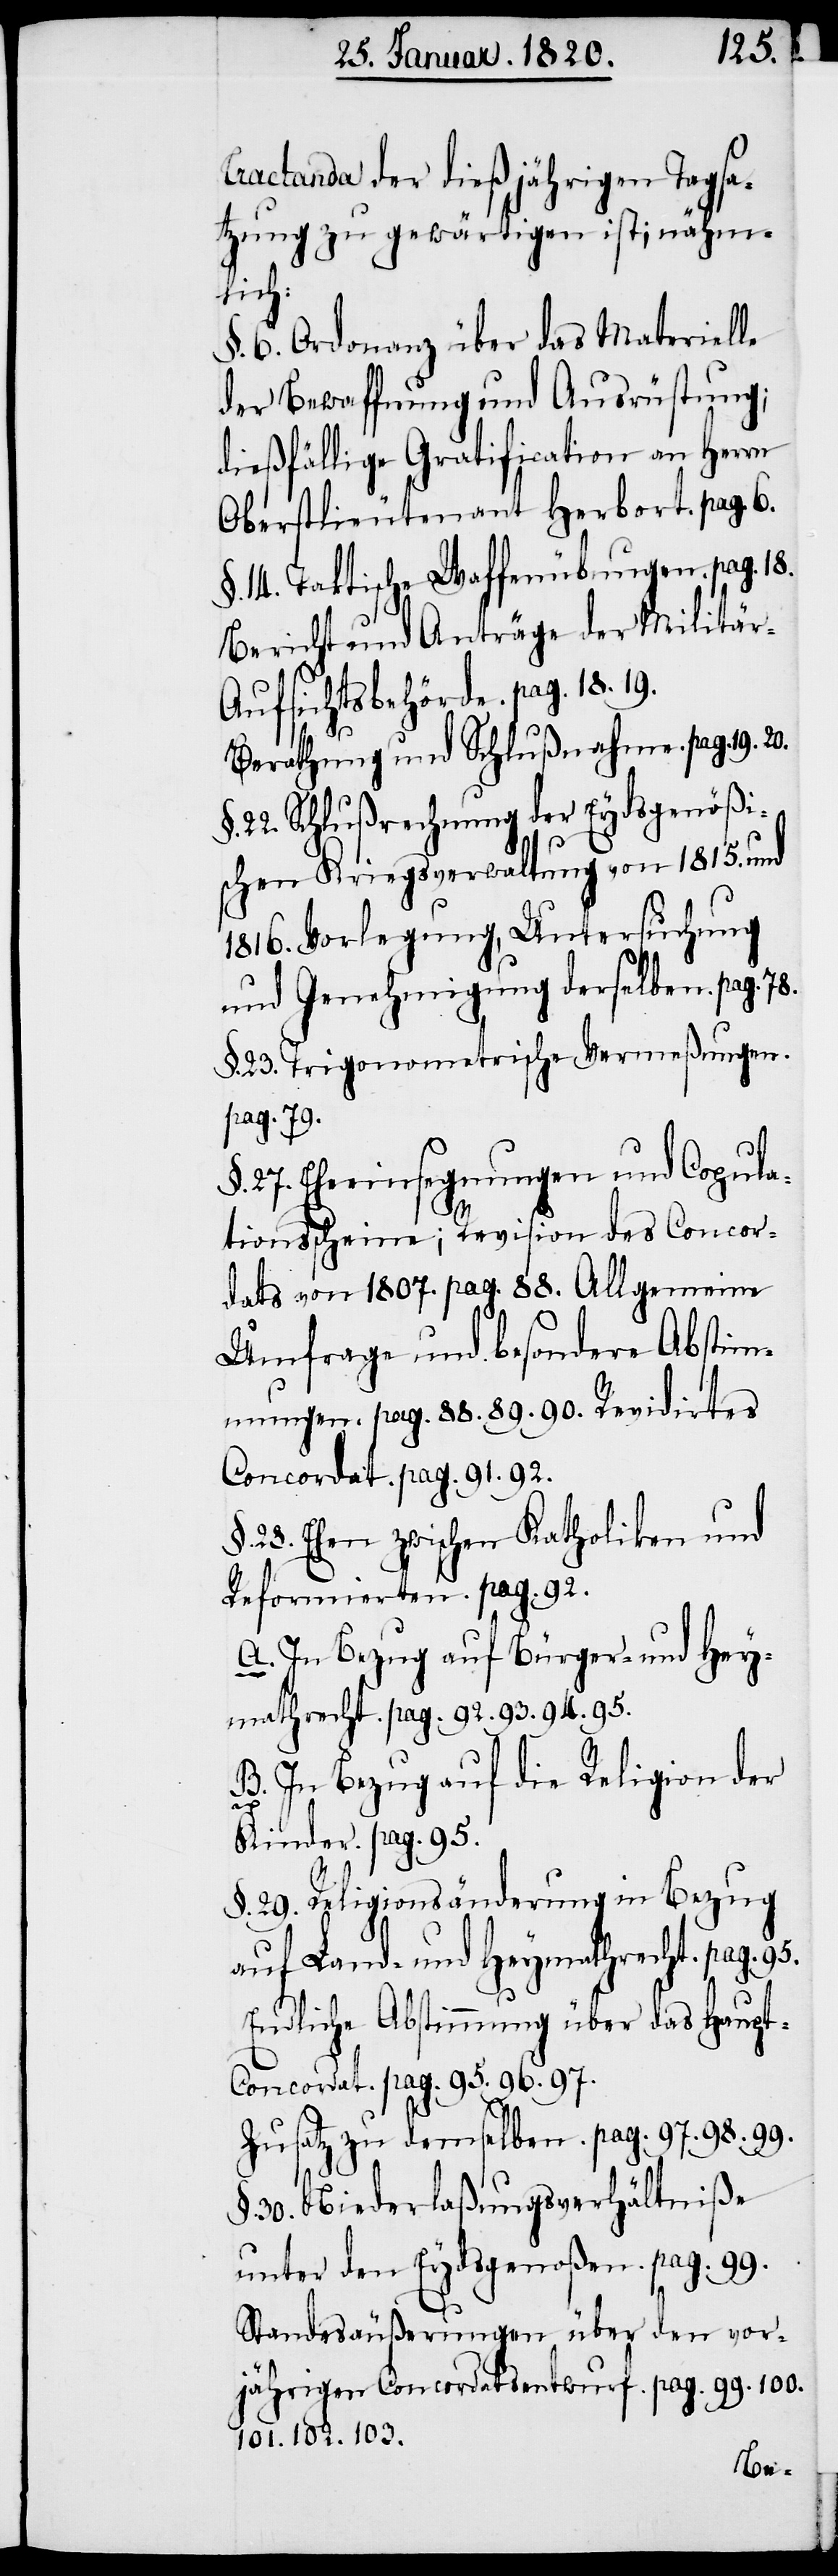
Tractanda der dießjährigen Tagsa¬
tzung zu gewärtigen ist; nähm¬
lich:
§. 6. Ordonanz über das Materielle
der Bewaffnung und Ausrüstung;
dießfällige Gratification an Herrn
Oberstlieutenant Herbort. pag. 6.
§. 14. Taktische Waffenübungen. pag. 18.
Bericht und Anträge der Militär-A¬
ufsichtsbehörde. pag. 18. 19.
Berathung und Schlußnahme. pag. 19.
22. Schlußrechnung der Eydsgenößi¬
schen Kriegsverwaltung von 1815. und
1816. Vorlegung, Untersuchung
und Genehmigung derselben. pag. 78.
§. 23. Trigonometrische Vermeßungen.
pag. 79.
§. 27. Eheeinsegnungen und Copula¬
tionsscheine; Revision des Concor¬
dats von 1807. pag. 88. Allgemeine
Umfrage und besondere Abstim¬
mungen. pag. 88. 89. 90. Revidirtes
Concordat. pag. 91. 92.
§. 23. Ehen zwischen Katholiken und
Reformierten. pag. 92.
A. In Bezug auf Bürger- und Hey¬
mathrecht. pag. 92. 93. 94. 95.
B. In Bezug auf die Religion der
§.
Kinder. pag. 95.
§. 29. Religionsänderung in Bezug
auf Land- und Heymathrecht. pag. 95.
Endliche Abstimmung über das Haupt-C¬
oncordat. pag. 95. 96. 97.
Zusatz zu demselben. pag. 97. 98. 99.
§. 30. Niederlaßungsverhältniße
unter den Eydsgenoßen. pag. 99.
Standesäußerungen über den vor¬
jährigen Concordatsentwurf. pag. 99. 100.
101. 102. 103.